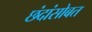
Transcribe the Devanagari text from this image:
छंदांसोबत